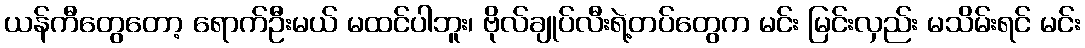
ယန်ကီတွေတော့ ရောက်ဦးမယ် မထင်ပါဘူး၊ ဗိုလ်ချုပ်လီးရဲ့တပ်တွေက မင်း မြင်းလှည်း မသိမ်းရင် မင်း